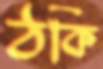
ঠকি